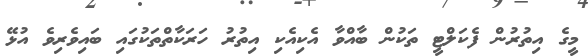
މީގެ އިތުރުން ފެކަލްޓީ ތަކުން ބާއްވާ އެކިއެކި އިތުރު ހަރަކާތްތަކުގައި ބައިވެރިވެ އުޅޭ